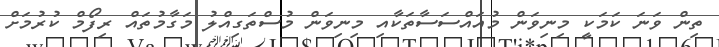
ތިން ވަނަ ކަމަަކީ މިނިވަން މުއައްސަސާތަކާއި މިނިވަން މުސްތަގިއްލު މަގާމުތައް ރިފޯމް ކުރުމަށް